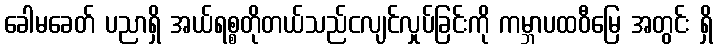
ခေါမခေတ် ပညာရှိ အယ်ရစ္စတိုတယ်သည်ငလျင်လှုပ်ခြင်းကို ကမ္ဘာပထဝီမြေ အတွင်း ရှိ